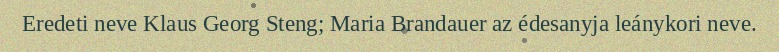
Eredeti neve Klaus Georg Steng; Maria Brandauer az édesanyja leánykori neve.